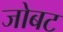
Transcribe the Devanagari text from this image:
जोबट